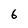
Character: 6